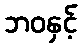
ဘဝနှင့်